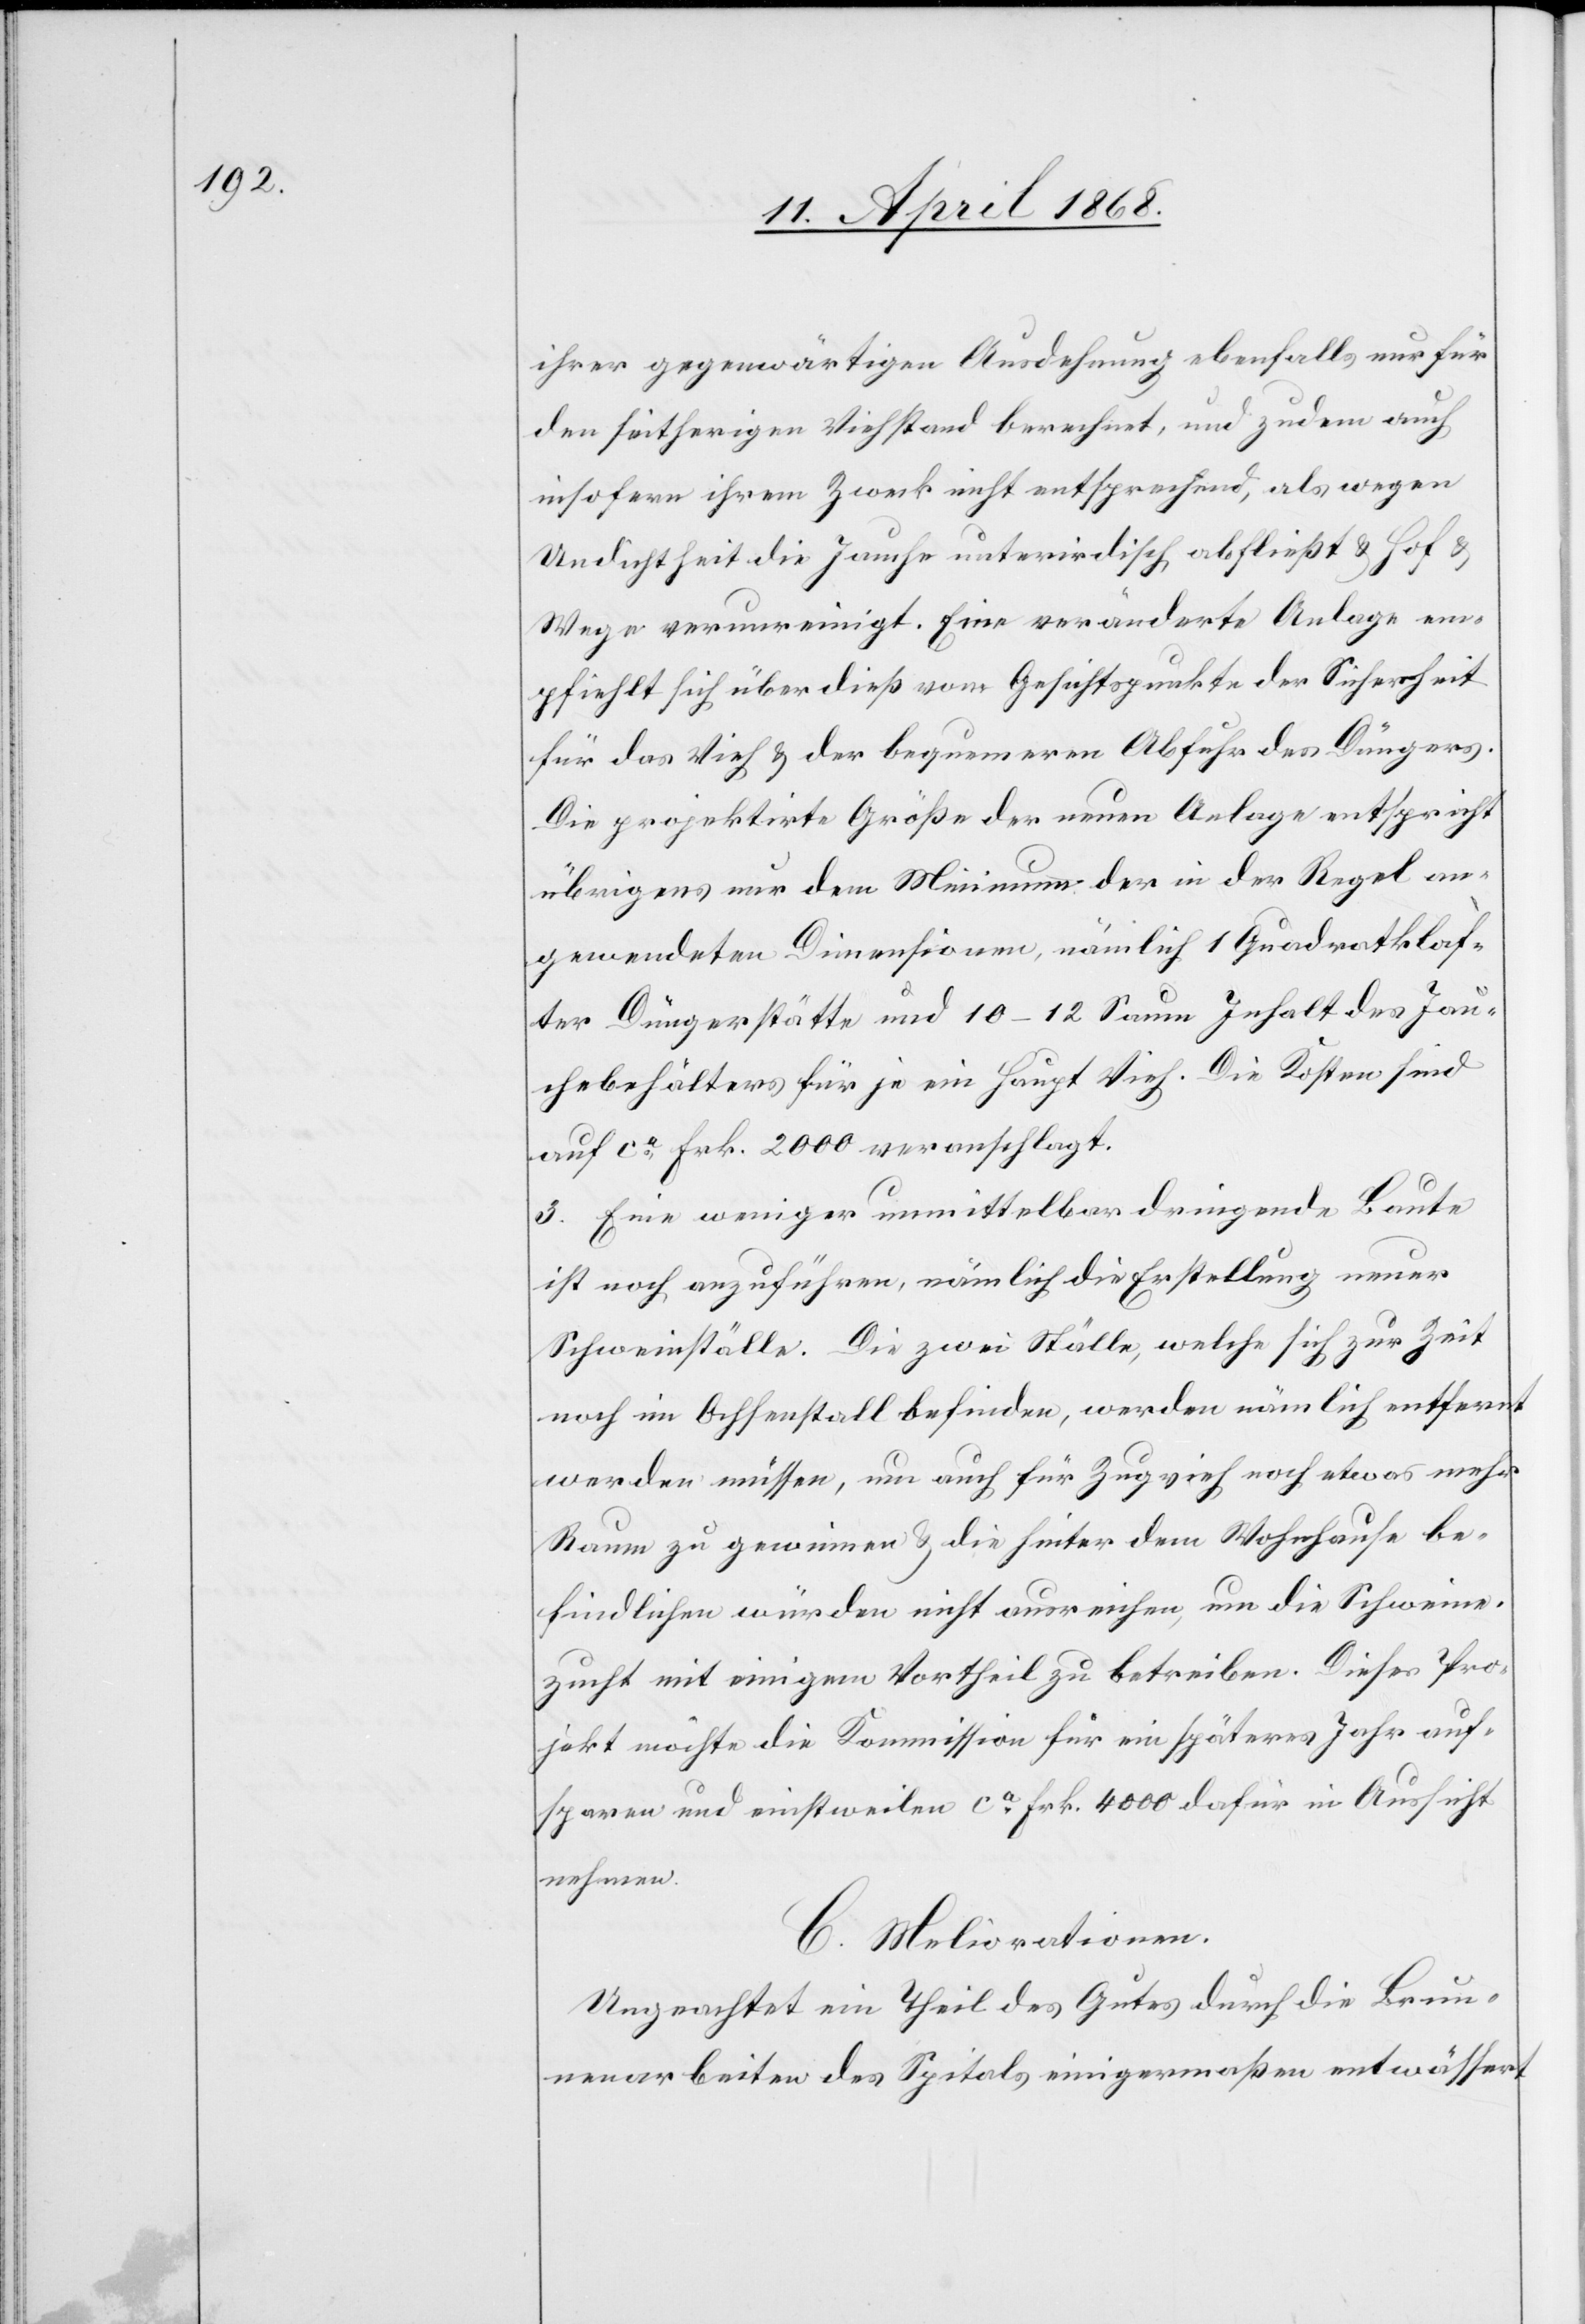
ihrer gegenwärtigen Ausdehnung ebenfalls nur für
den seitherigen Viehstand berechnet, und zudem auch
insofern ihrem Zweck nicht entsprechend, als wegen
Undichtheit die Jauche unterirdisch abfließt & Hof &
Wege verunreinigt. Eine veränderte Anlage em¬
pfiehlt sich überdieß vom Gesichtspunkte der Sicherheit
für das Vieh & der bequemeren Abfuhr des Düngers.
Die projektirte Größe der neuen Anlage entspricht
übrigens nur dem Minimum der in der Regel an¬
gewendeten Dimensionen, nämlich 1 Quadratklaf¬
ter Düngerstätte und 10–12 Saum Inhalt des Jau¬
chebehälters für je ein Haupt Vieh. Die Kosten sind
auf ca. Frk. 2000 veranschlagt.
3. Eine weniger unmittelbar dringende Baute
ist noch anzuführen, nämlich die Erstellung neuer
Schweinställe. Die zwei Ställe, welche sich zur Zeit
noch im Ochsenstall befinden, werden nämlich entfernt
werden müssen, um auch für Zugvieh noch etwas mehr
Raum zu gewinnen & die hinter dem Wohnhause be¬
findlichen würden nicht ausreichen, um die Schweine¬
zucht mit einigem Vortheil zu betreiben. Dieses Pro¬
jekt möchte die Kommission für ein späteres Jahr auf¬
sparen und einstweilen ca. Frk. 4000 dafür in Aussicht
nehmen.
C. Meliorationen.
Ungeachtet ein Theil des Gutes durch die Brun¬
nenarbeiten des Spitals einigermaßen entwässert